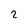
Character: 2